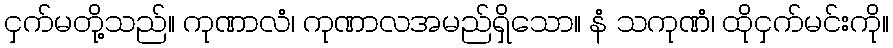
ငှက်မတို့သည်။ ကုဏာလံ၊ ကုဏာလအမည်ရှိသော။ နံ သကုဏံ၊ ထိုငှက်မင်းကို။